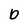
Character: o